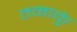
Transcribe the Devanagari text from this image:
तमाकुं